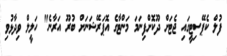
ފުލް ކެޕޭސިޓީގައި ޖެޓަށް ދޫކޮށްފިނަމަ މަންޓާގެ އޮޕަރޭޝަނަށް ބުރޫ އަރާނެ" ހަލީލް ވިދާޅުވި